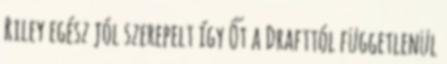
Riley egész jól szerepelt így Őt a Drafttól függetlenül